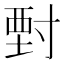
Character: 𡬵